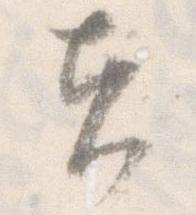
夫